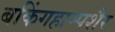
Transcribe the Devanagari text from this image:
बकिंगहाम्पशैर